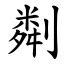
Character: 㔂